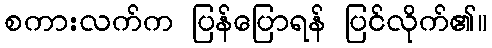
စကားလက်က ပြန်ပြောရန် ပြင်လိုက်၏။